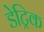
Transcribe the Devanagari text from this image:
डेट्रिक